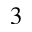
3